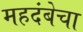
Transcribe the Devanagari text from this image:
महदंबेचा